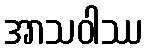
အာသဝါဿ